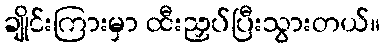
ချိုင်းကြားမှာ ထီးညှပ်ပြီးသွားတယ်။